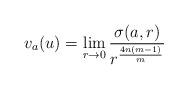
LaTeX: \begin{align*}v_a(u)=\lim_{r\to0} {\frac{\sigma(a,r)}{{r}^{\frac{4n(m-1)}{m}}}}\end{align*}